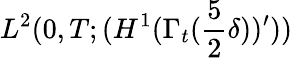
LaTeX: L^{2}(0,T;(H^{1}(\Gamma_{t}(\frac 52\delta))^{\prime}))